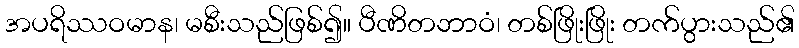
အပရိဿဝမာန၊ မစီးသည်ဖြစ်၍။ ပီဏိတဘာဝံ၊ တစ်ဖြိုးဖြိုး တက်ပွားသည်၏